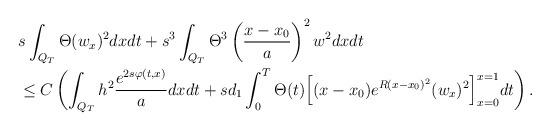
LaTeX: \begin{align*}\begin{aligned} & s\int_{Q_T} \Theta (w_x)^2dxdt + s^3\int_{Q_T}\Theta^3 \left(\frac{x-x_0}{a}\right)^2 w^2 dxdt\\&\le C\left(\int_{Q_T} h^2 \frac{e^{2s\varphi(t,x)}}{a}dxdt+sd_1\int_0^T\Theta(t)\Big[(x-x_0)e^{R(x-x_0)^2}(w_x)^2\Big]_{x=0}^{x=1}dt \right). \end{aligned} \end{align*}